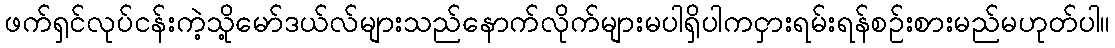
ဖက်ရှင်လုပ်ငန်းကဲ့သို့မော်ဒယ်လ်များသည်နောက်လိုက်များမပါရှိပါကငှားရမ်းရန်စဉ်းစားမည်မဟုတ်ပါ။